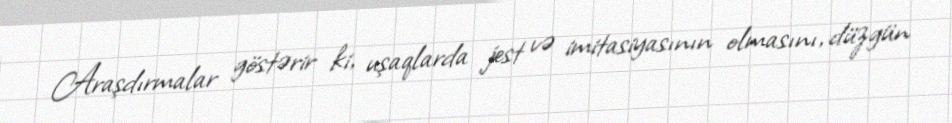
Araşdırmalar göstərir ki, uşaqlarda jest və imitasiyasının olmasını, düzgün